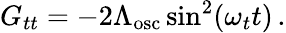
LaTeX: G_{tt}=-2\Lambda_{\mathrm{osc}}\sin^{2}(\omega_{t}t)\, .